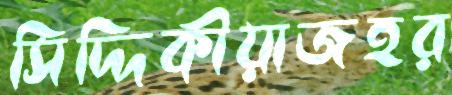
সিদ্দিকীয়াজহর